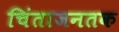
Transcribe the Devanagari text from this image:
चिंताजनतक